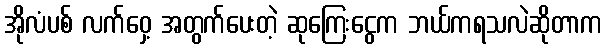
အိုလံပစ် လက်ဝှေ့ အတွက်ပေးတဲ့ ဆုကြေးငွေက ဘယ်ကရသလဲဆိုတာက